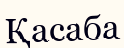
Қасаба